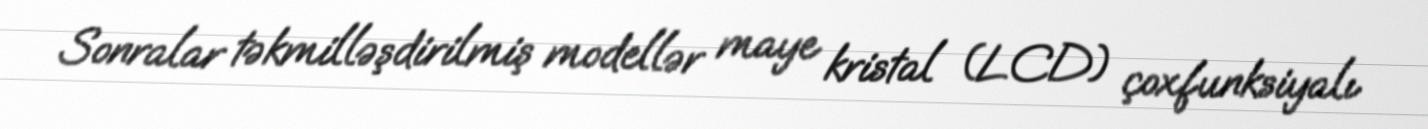
Sonralar təkmilləşdirilmiş modellər maye kristal (LCD) çoxfunksiyalı